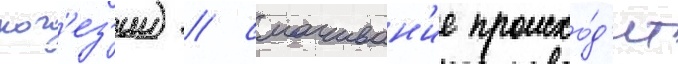
ког'ез'ии) / смачиван'ие происхо́д'ит